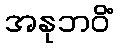
အနုဘဝိံ